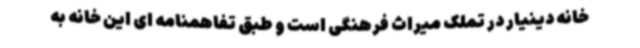
خانه دینیار در تملک میراث فرهنگی است و طبق تفاهمنامه ای این خانه به